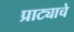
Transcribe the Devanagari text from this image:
प्राट्याचे